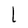
Character: l